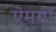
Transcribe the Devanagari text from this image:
ऐमगों